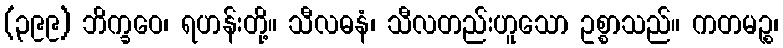
(၃၉၉) ဘိက္ခဝေ၊ ရဟန်းတို့။ သီလဓနံ၊ သီလတည်းဟူသော ဥစ္စာသည်။ ကတမဉ္စ၊